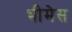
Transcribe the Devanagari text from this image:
भीमेस